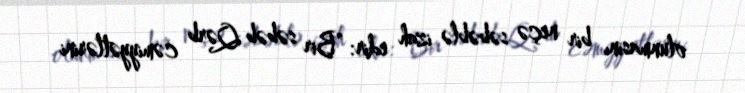
olunmasını bir neçə səbəblə izah edir: “Bir səbəb Qərb cəmiyyətlərini